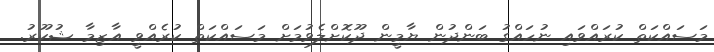
މަސައްކަތް ކުރައްވައި ނުހައްގު ބަންދުން ޔާމީން ދޫކޮށްލެވުމަށް މަސައްކަތް ކުރެއްވީ އާޒިމާ ޝުކޫރު.